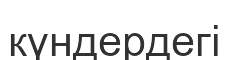
күндердегі